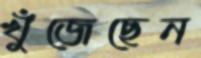
খুঁজেছেন